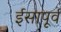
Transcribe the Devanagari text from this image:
र्इसापूर्व